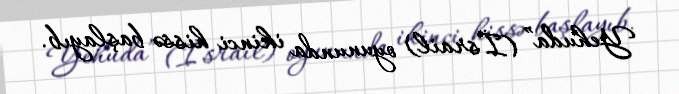
Yehuda” (İsrail) oyununda ikinci hissə başlayıb.